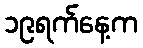
၁၉ရက်နေ့က